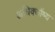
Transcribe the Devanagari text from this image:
अधिक्योंष्य